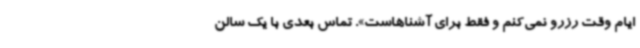
ایام وقت رزرو نمی‌کنم و فقط برای آشناهاست». تماس بعدی با یک سالن